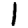
Digit: 1